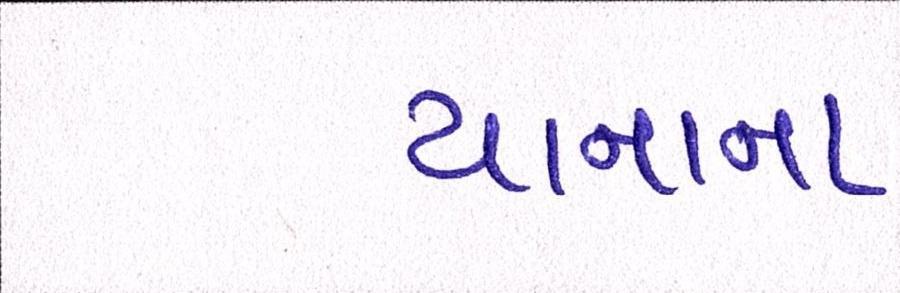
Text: યાનાના